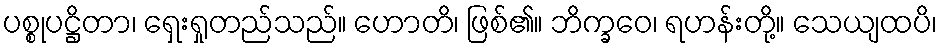
ပစ္စုပဋ္ဌိတာ၊ ရှေးရှုတည်သည်။ ဟောတိ၊ ဖြစ်၏။ ဘိက္ခဝေ၊ ရဟန်းတို့။ သေယျထပိ၊